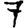
Digit: 7